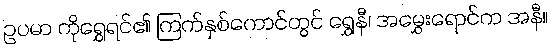
ဥပမာ ကိုရွှေရင်၏ ကြက်နှစ်ကောင်တွင် ရွှေနီ၊ အမွှေးရောင်က အနီ။